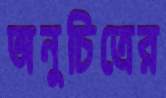
অনুচিত্রের